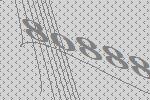
80888